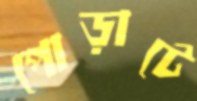
পোড়াটে